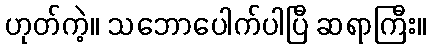
ဟုတ်ကဲ့။ သဘောပေါက်ပါပြီ ဆရာကြီး။